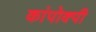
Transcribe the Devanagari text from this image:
कांपोक्पी